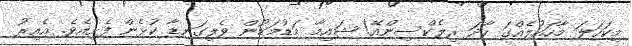
މިކަހަލަ މާހައުލެއްގަ ހާދަ ރިލެކްސިންއޭ! ޝައިމާ މަޑުމަޑުން ވެލިގަނޑާ ކުޅެން ފެށިއެވެ. އެއިރު